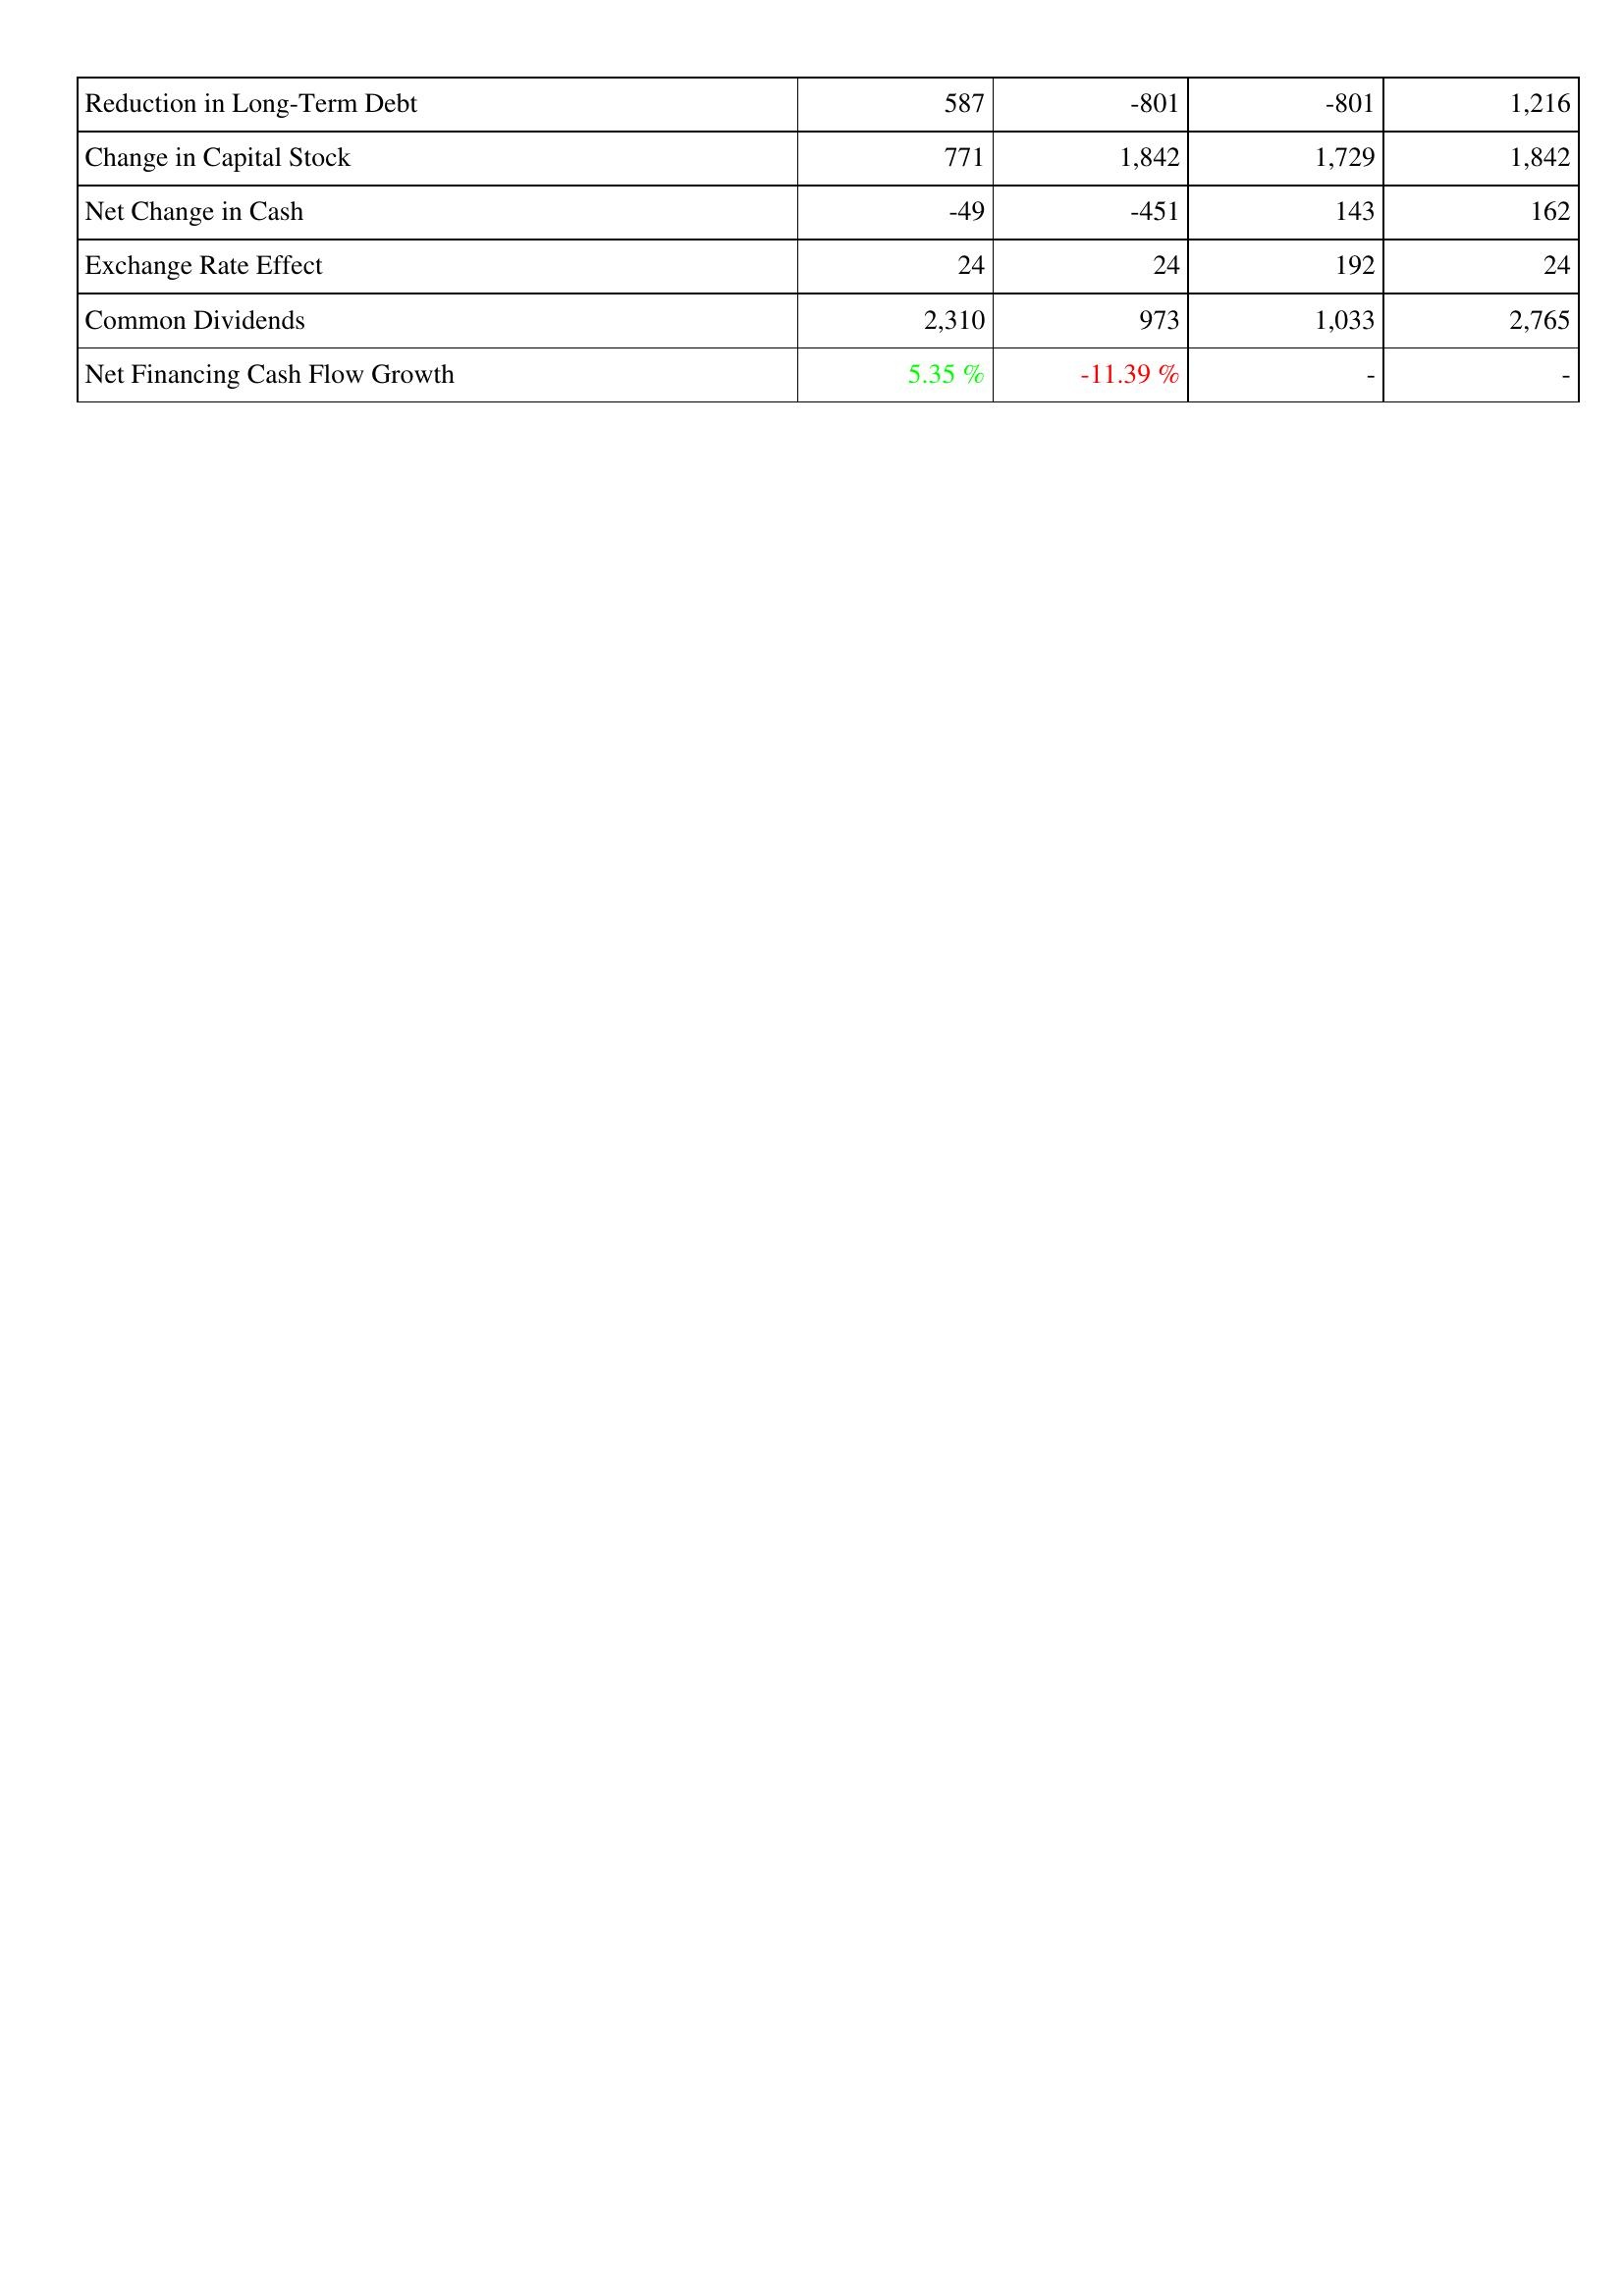
2015: Financing Activities: Reduction in Long-Term Debt: 587
Change in Capital Stock: 771
Net Change in Cash: -49
Exchange Rate Effect: 24
Common Dividends: 2,310
Net Financing Cash Flow Growth: 5.35 %
2014: Financing Activities: Reduction in Long-Term Debt: -801
Change in Capital Stock: 1,842
Net Change in Cash: -451
Exchange Rate Effect: 24
Common Dividends: 973
Net Financing Cash Flow Growth: -11.39 %
2013: Financing Activities: Reduction in Long-Term Debt: -801
Change in Capital Stock: 1,729
Net Change in Cash: 143
Exchange Rate Effect: 192
Common Dividends: 1,033
Net Financing Cash Flow Growth: -
2012: Financing Activities: Reduction in Long-Term Debt: 1,216
Change in Capital Stock: 1,842
Net Change in Cash: 162
Exchange Rate Effect: 24
Common Dividends: 2,765
Net Financing Cash Flow Growth: -